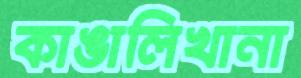
কাঙালিখানা